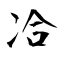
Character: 冾